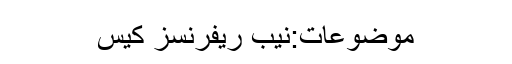
موضوعات:نیب ریفرنسز کیس